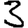
Digit: 3